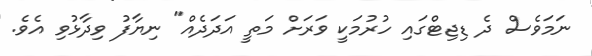
ނަމަވެސް ދެ ޑިޖިޓްގައި ހުރުމަކީ ވަރަށް މަތީ އަދަދެއް" ނިޔާފު ވިދާޅުވި އެވެ.